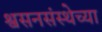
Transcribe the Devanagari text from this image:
श्वसनसंस्थेच्या